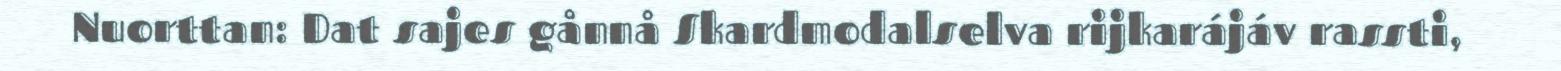
Nuorttan: Dat sajes gånnå Skardmodalselva rijkarájáv rassti,